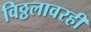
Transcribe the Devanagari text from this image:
विठ्ठलावरही